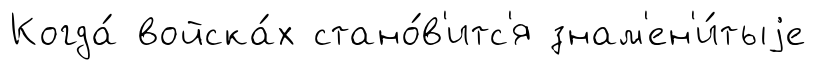
Когда́ войска́х стано́в'итс'я знам'ен'и́тыjе